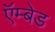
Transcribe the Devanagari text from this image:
ऍम्बेड